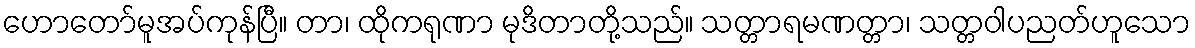
ဟောတော်မူအပ်ကုန်ပြီ။ တာ၊ ထိုကရုဏာ မုဒိတာတို့သည်။ သတ္တာရမဏတ္တာ၊ သတ္တဝါပညတ်ဟူသော